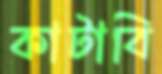
কাটাবি